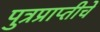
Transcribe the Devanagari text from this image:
पुत्रप्राप्‍तीचे